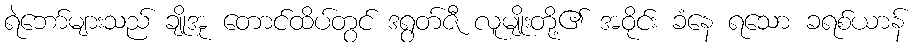
ရဲဘော်များသည် ချိုအု တောင်ထိပ်တွင် ဒရွတ်ဇီ လူမျိုးတို့၏ အဝိုင်း ခံနေ ရသော ခရစ်ယာန်